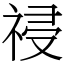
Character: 祲